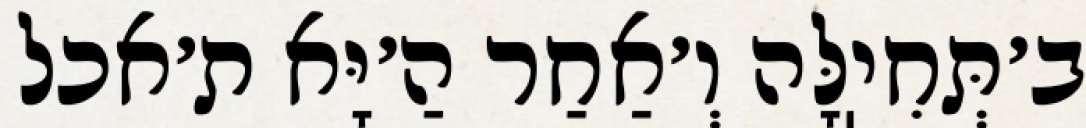
ב׳תְּחִיֽלָּה וְ׳אַחַר הַ׳יָּא ת׳אכל